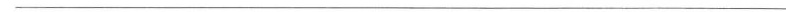
___